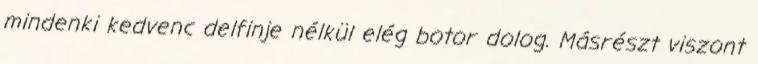
mindenki kedvenc delfinje nélkül elég botor dolog. Másrészt viszont